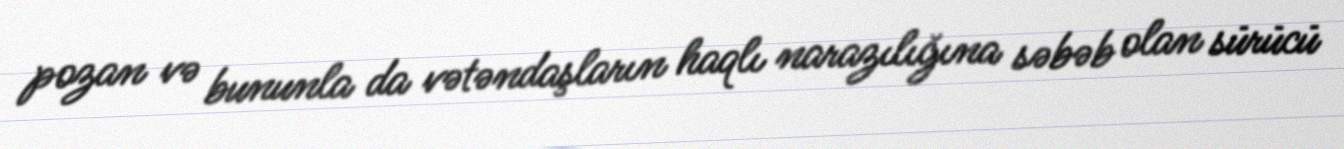
pozan və bununla da vətəndaşların haqlı narazılığına səbəb olan sürücü